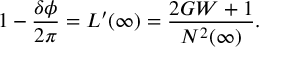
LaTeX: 1 - \frac { \delta \phi } { 2 \pi } = L ^ { \prime } ( \infty ) = \frac { 2 G W + 1 } { N ^ { 2 } ( \infty ) } .